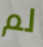
لم